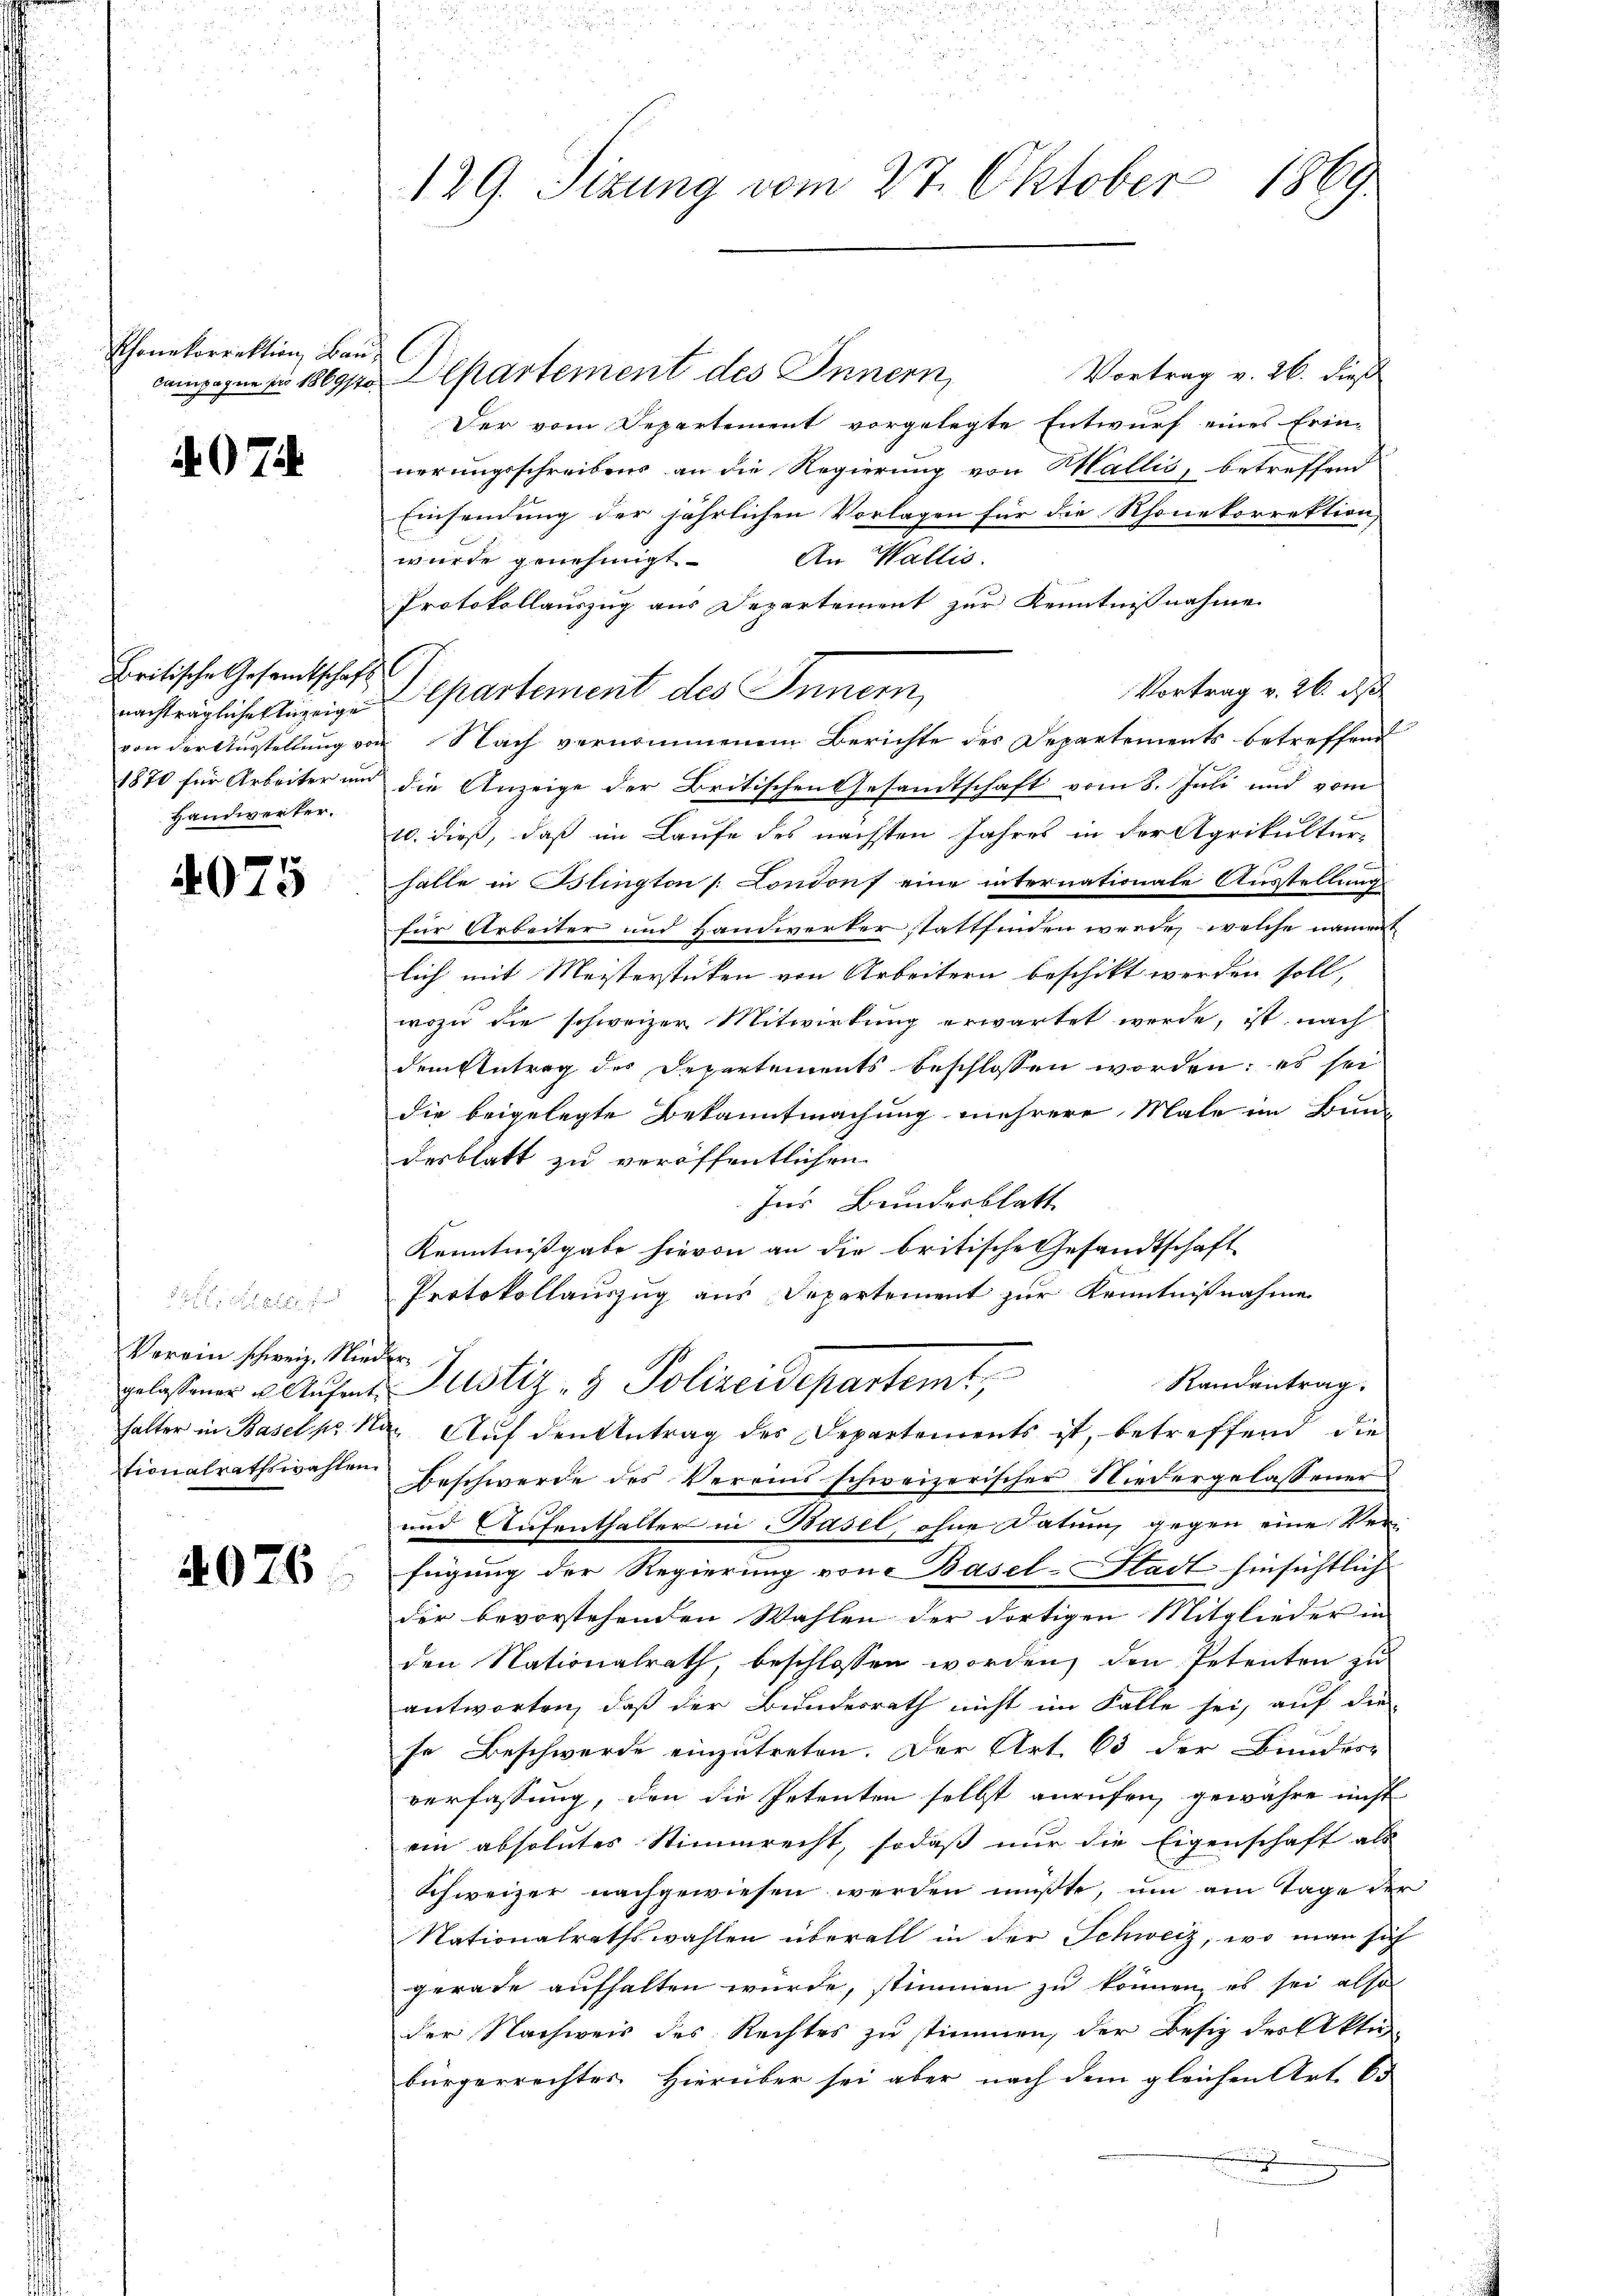
Thonetorrektion Bau

497

kritische Gesamtschaft (
Handwerker.

4075

Verein schweiz. Nieder
tionalrathswahlen.

4076

129. Sizung vom 27. Oktober 1869.

Vortrag v. 26. dieß
dagegen 169 Alkartement des Innern,
Der vom Departement vorgelegte Entwurf eines Erin-
nerungsschreibens an die Regierung von Wallis, betreffend
Einsendung der jährlichen Vorlagen für die Rhonekorrektion,
An Wallis.
wurde genehmigt
Protokollauszug aus Departement zur Kenntnisnahme
Vortrag v. 26. ds.
nachträgliche Sigrige partement des Innern,
von der Ausstellung von Nach vernommenem Berichte des Departements betreffend
1870 für Arbeiter und die Anzeige der Britischen Gesandtschaft vom 8. Juli und vom
10. dieß, daß im Laufe des nächsten Jahres in der Agrikulturhalle in Blington Londonf eine internationale Ausstellung
für Arbeiter und Handwerkerstattfinden werde, welche namen
lich mit Meisterstücken von Arbeitern beschikt werden soll,
wozu die schweizer Mitwirkung erwartet werde, ist nach
dem Antrag des Departements beschlossen worden; es sei
die beigelegte Bekanntmachung mehrere Male im Bundesblatt zu veröffentlichen
Ins Bundesblatt
Kenntnißgabe hievon an die britische Gesandtschaft
Protokollauszug aus Departement zur Kenntnißnahme
Randantrag.
glasener Aufent- Justiz- & Polizeidepartemt,
halter in Basel pr. Na Aŭf den Antrag des Departements ist, betreffend die
Beschwerde des Vereins schweizerischer Niedergelassener
und Aufenthalter in Basel, ohne Datum gegen eine Verfügung der Regierung von Basel-Stadt hinsichtlich
der bevorstehenden Wahlen der dortigen Mitglieder in
den Nationalrath, beschlossen worden, den Petenten zu
antworten, daß der Bundesrath nicht im Falle sei, auf die
se Beschwerde einzutreten. Der Art. 63 der Bundes-
verfassung, den die Petenten selbst anrufen, gewähre nicht
ein absolutes Stimmrecht, sodaß nur die Eigenschaft als
Schweizer nachgewiesen werden müßte, um am Tage der
Nationalrathswahlen überall in der Schweiz, wo man sich
gerade aufhalten würde, stimmen zu können, es sei also
der Nachweis des Rechtes zu stimmen, der Besiz der Akten
bürgerrechtes Hierüber sei aber nach dem gleichen Art. Es